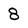
Character: 8